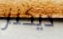
ديكنز